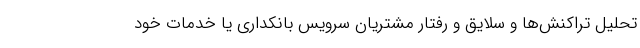
تحلیل تراکنش‌ها و سلایق و رفتار مشتریان سرویس بانکداری یا خدمات خود